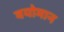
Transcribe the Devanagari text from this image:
वयोमान